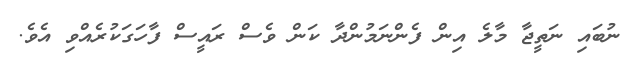
ނުބައި ނަތީޖާ މާލެ އިން ފެންނަމުންދާ ކަން ވެސް ރައީސް ފާހަގަކުރެއްވި އެވެ.